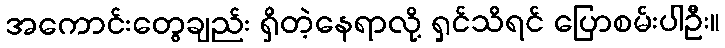
အကောင်းတွေချည်း ရှိတဲ့နေရာလို့ ရှင်သိရင် ပြောစမ်းပါဦး။